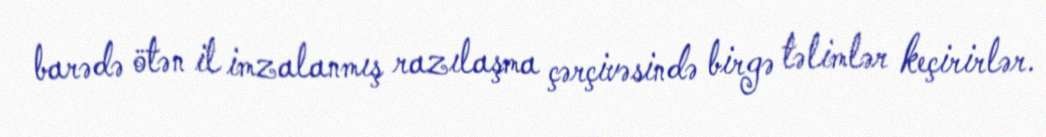
barədə ötən il imzalanmış razılaşma çərçivəsində birgə təlimlər keçirirlər.